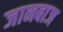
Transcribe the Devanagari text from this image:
जानबाज